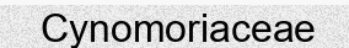
Cynomoriaceae